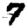
Digit: 7